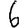
Digit: 6